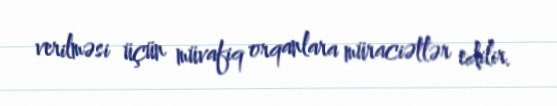
verilməsi üçün müvafiq orqanlara müraciətlər edilir.